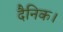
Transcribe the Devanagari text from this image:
दैनिक।